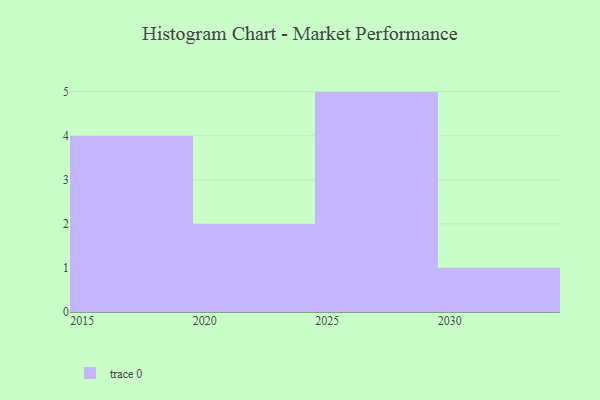
{"axis": {"x": "Year", "y": "Energy Usage (MWh)"}, "legend": [""], "data": [{"x": "2015", "y": 39, "type": ""}, {"x": "2016", "y": 53, "type": ""}, {"x": "2019", "y": 31, "type": ""}, {"x": "2028", "y": 21, "type": ""}, {"x": "2022", "y": 38, "type": ""}, {"x": "2027", "y": 27, "type": ""}, {"x": "2025", "y": 13, "type": ""}, {"x": "2029", "y": 49, "type": ""}, {"x": "2017", "y": 52, "type": ""}, {"x": "2030", "y": 30, "type": ""}, {"x": "2026", "y": 35, "type": ""}, {"x": "2024", "y": 43, "type": ""}]}